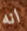
انه